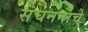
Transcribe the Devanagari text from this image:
संघननाचे